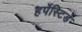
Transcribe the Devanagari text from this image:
हर्पेस्टिडे